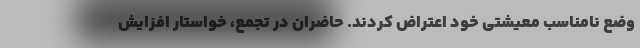
وضع نامناسب معیشتی خود اعتراض کردند. حاضران در تجمع، خواستار افزایش